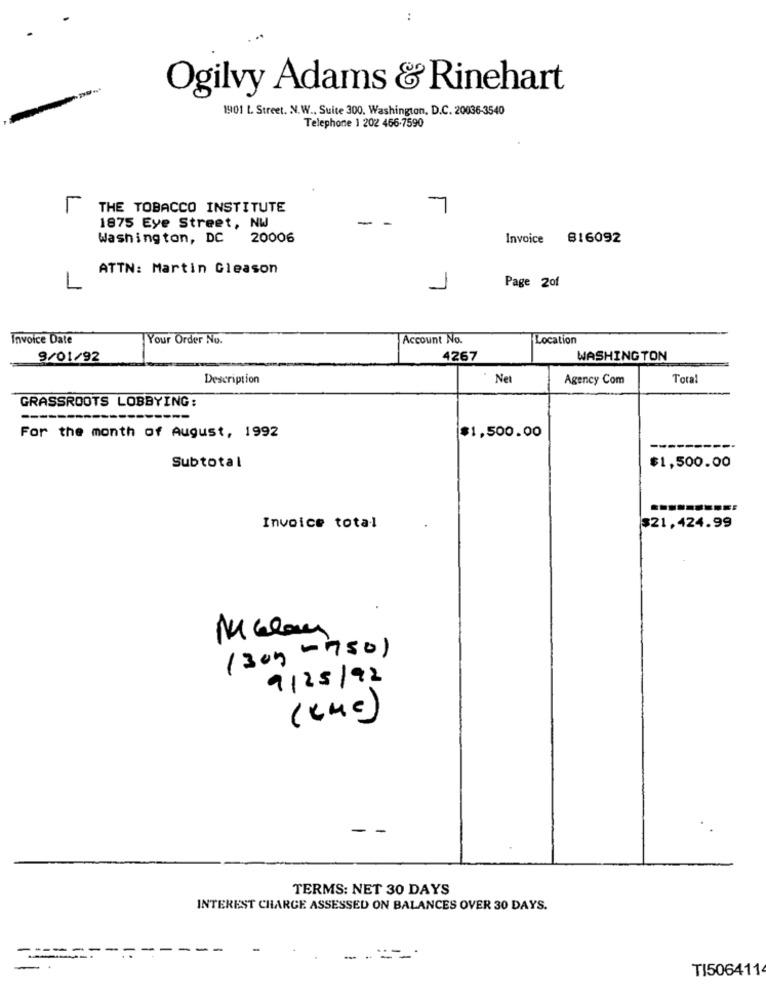
Ogilvy Adams & Rinehart
1901 L. Street. N.W ., Suite 300. Washington, D.C. 20036-3540
Telephone 1 202 466-7590
THE TOBACCO INSTITUTE
7
1875 Eye Street, NW
Washington, DC 20006
Invoice 816092
ATTN: Martin Gleason
L
Page 2of
Invoice Date
Your Order No.
Account No.
Location
9/01/92
4267
WASHINGTON
Description
Net
Agency Com
Total
GRASSROOTS LOBBYING:
For the month of August, 1992
$1,500.00
Subtotal
$1,500.00
Invoice total
$21,424.99
M Glan
(300 -750)
9/25/92
(KMe)
- -
TERMS: NET 30 DAYS
INTEREST CHARGE ASSESSED ON BALANCES OVER 30 DAYS.
=====
--
-
TI506411